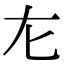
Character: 㔫